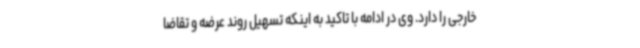
خارجی را دارد. وی در ادامه با تاکید به اینکه تسهیل روند عرضه و تقاضا